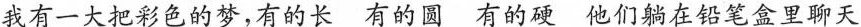
我有一大把彩色的梦，有的长有的圆有的硬他们躺在铅笔盒里聊天